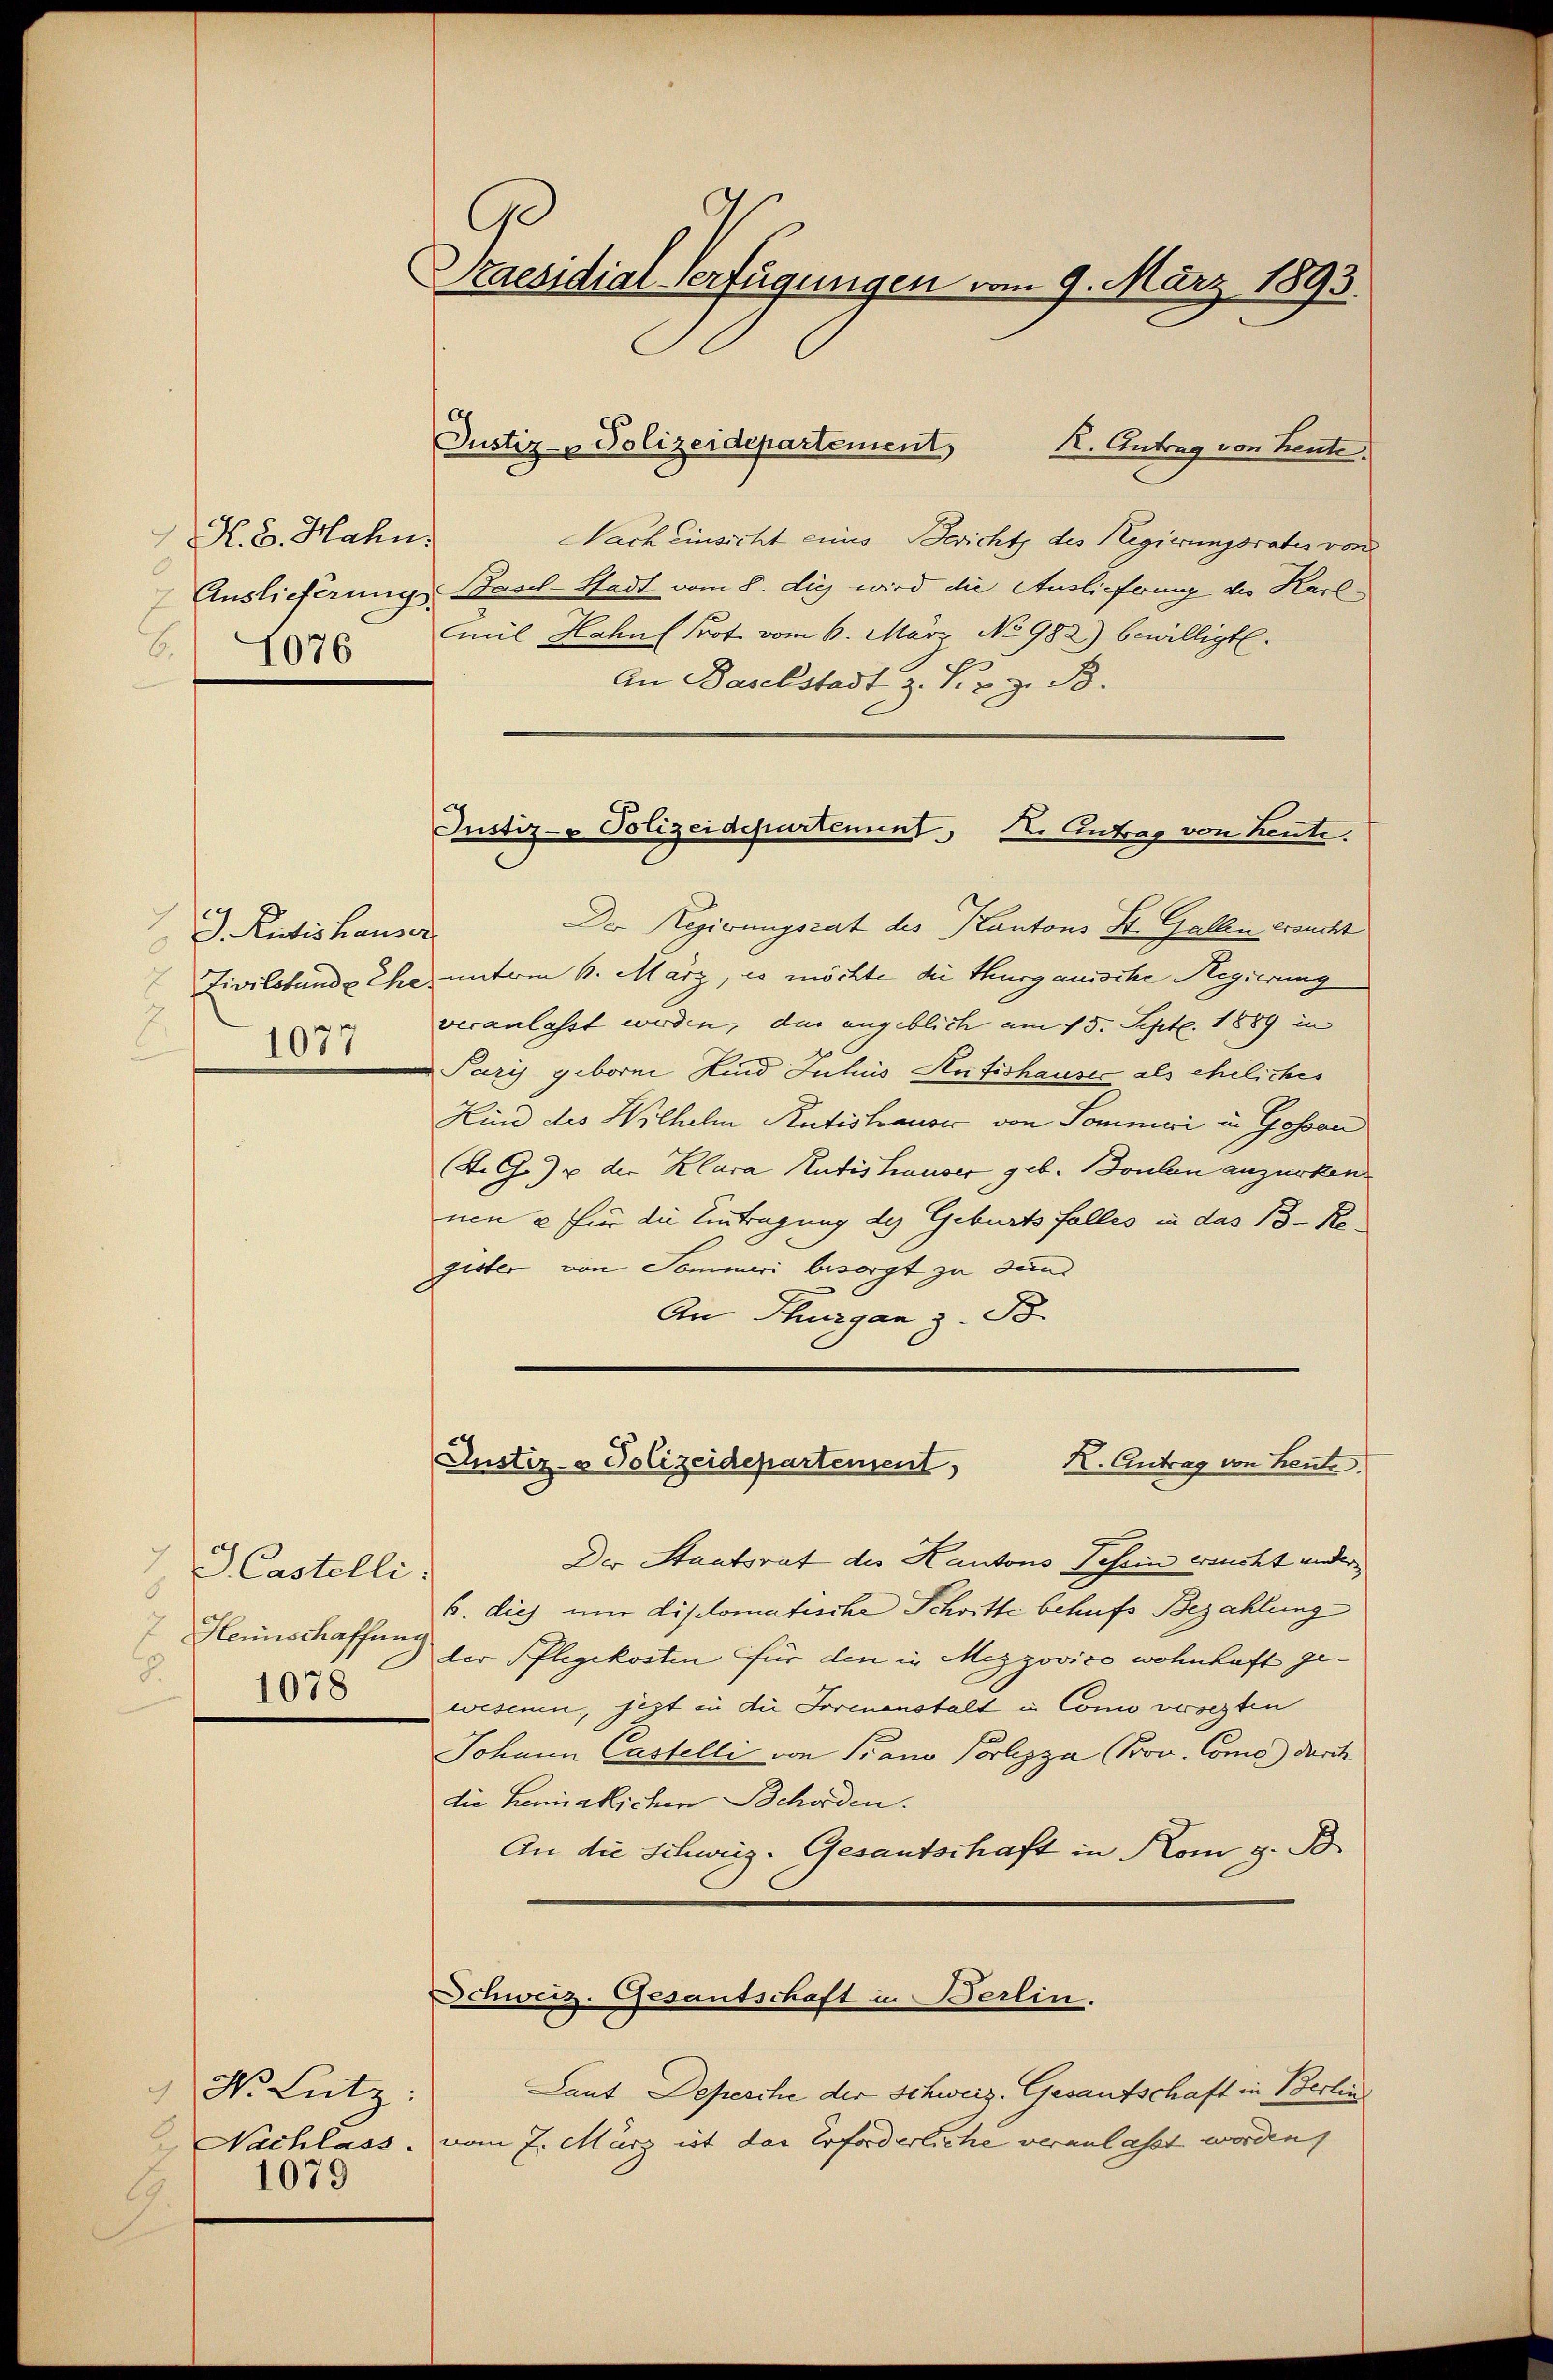
R. 8. Hahn
 Auslieferung.

J. Ristishauser
8
Zivilstande Ehe.
1077

7
S. Castelli
8
7. Heunschaffung
8.
1078

N. Lutz:
1079

raesidial-Verfügungen vom 9. März 1893.

Justiz- & Polizeidepartement,

R. Antrag von Heute.
Nach Einsicht eines Bericht des Regierungsrates von
Basel-Stadt vom 8. die wird die Auslieferung des Karl¬
8 mit Hahn (Prot. vom 6. März No 982) bewilligt.
An Baselstadt z. Kog. B.
Der Regierungsrat des Kantons St. Gallen ersucht
unterm 6. März, es möchte die Thurgauische Regierung
veranlasst werden, das angeblich am 15. Sept. 1889 in
Paris geborne Kind Inhus Rufishauser als eheliches
Kind des Wilhelm Rütishausić von Sommari in Gossan
K. G.) u. der Klara Rütishauser geb. Boulen anzurken.
nen u für die Eintragung des Geburts falles in das 13 Ko
gister von Sommer besorgt zu und
An Thurgan z. B.
K. Antrag von heute.
Justiz- & Polizeidepartement
Der Staatsrat des Kantons Tessin ersucht ander
6. dies mir disclomatische Schritte behufs Bezahlung
der Pflegekosten für den in Mezzovico wohnhaft gewesenen, jezt in die Formenstalt in Como vorsten
Johann Castelli von Piano Polizza (Prov. Como) durch
die Lenakichen Schaden.
An die Schweiz. Gesandtschaft in Kom z. B.
Schweiz. Gesantschaft in Berlin.
Laut Depesche der Schweiz. Gesandschaft in Berlin
Nachlass. vom 7. März ist das Erforderliche veranlasst worden,

Justiz- Polizeidepartement, I. Antrag von heute.